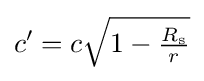
c'=c{\sqrt {1-{\tfrac {R_{\text{s}}}{r}}}}